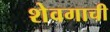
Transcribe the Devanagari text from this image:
शेवगाची